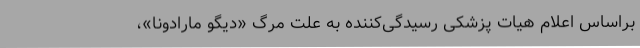
براساس اعلام هیات پزشکی رسیدگی‌کننده به علت مرگ «دیگو مارادونا»،